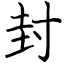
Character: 封